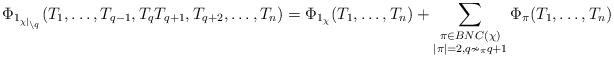
LaTeX: \begin{align*}\Phi_{1_{\chi|_{\setminus q}}}(T_1, \ldots, T_{q-1}, T_qT_{q+1}, T_{q+2},\ldots, T_n) = \Phi_{1_\chi}(T_1, \ldots, T_n) + \sum_{\substack{\pi \in BNC(\chi)\\ |\pi| =2, q\nsim_\pi q+1}} \Phi_\pi(T_1, \ldots, T_n)\end{align*}